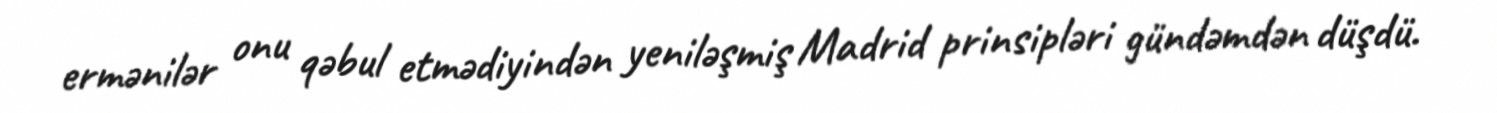
ermənilər onu qəbul etmədiyindən yeniləşmiş Madrid prinsipləri gündəmdən düşdü.